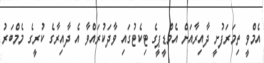
އެމްވީ ތިމަރަފުށީ ދާއިރާއަށް އެމްޑީޕީގެ ޓިކެޓުގައި ވާދަކުރައްވާ އެ ދާއިރާގެ ކުރީގެ މެމްބަރު